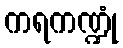
ကရကဏ္ဍုံ